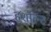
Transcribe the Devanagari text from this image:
हर्शौल्ट